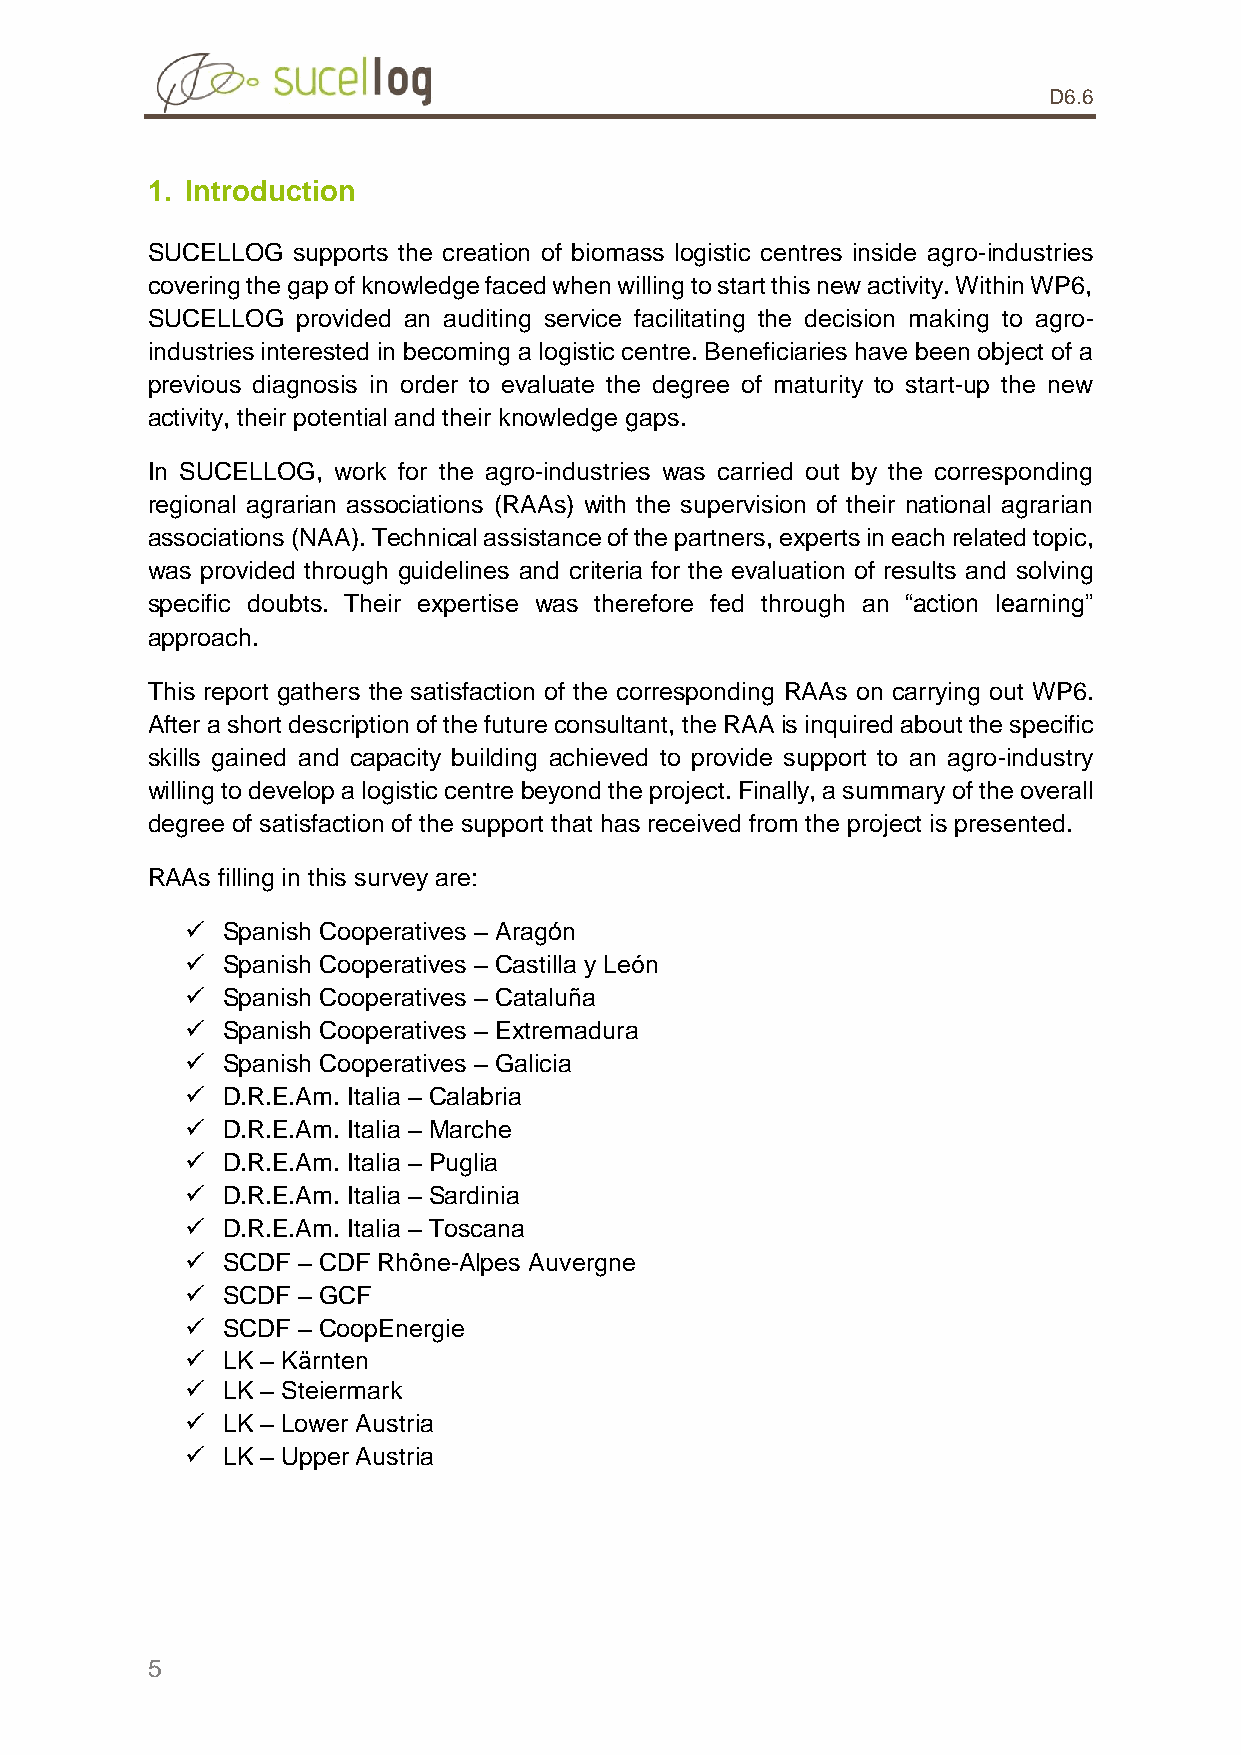
D6.6
 1. Introduction
 SUCELLOG supports the creation of biomass logistic centres inside agro-industries
 covering the gap of knowledge faced when willing to start this new activity. Within WP6,
 SUCELLOG  provided an auditing service facilitating the decision making to agro-
 industries interested in becoming a logistic centre. Beneficiaries have been object of a
 previous diagnosis in order to evaluate the degree of maturity to start-up the new
 activity, their potential and their knowledge gaps.
 In SUCELLOG, work for the agro-industries was carried out by the corresponding
 regional agrarian associations (RAAs) with the supervision of their national agrarian
 associations (NAA). Technical assistance of the partners, experts in each related topic,
 was provided through guidelines and criteria for the evaluation of results and solving
 specific doubts. Their expertise was therefore fed through an “action learning”
 approach.
 This report gathers the satisfaction of the corresponding RAAs on carrying out WP6.
 After a short description of the future consultant, the RAA is inquired about the specific
 skills gained and capacity building achieved to provide support to an agro-industry
 willing to develop a logistic centre beyond the project. Finally, a summary of the overall
 degree of satisfaction of the support that has received from the project is presented.
 RAAs filling in this survey are:
   Spanish Cooperatives – Aragόn
   Spanish Cooperatives – Castilla y León
   Spanish Cooperatives – Cataluña
   Spanish Cooperatives – Extremadura
   Spanish Cooperatives – Galicia
   D.R.E.Am. Italia – Calabria
   D.R.E.Am. Italia – Marche
   D.R.E.Am. Italia – Puglia
   D.R.E.Am. Italia – Sardinia
   D.R.E.Am. Italia – Toscana
   SCDF – CDF Rhône-Alpes Auvergne
   SCDF – GCF
   SCDF – CoopEnergie
   LK – Kärnten
   LK – Steiermark
   LK – Lower Austria
   LK – Upper Austria
 5